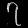
Digit: ၇